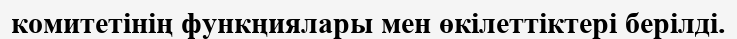
комитетінің функңиялары мен өкілеттіктері берілді.